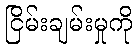
ငြိမ်းချမ်းမှုကို